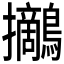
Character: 𪇪